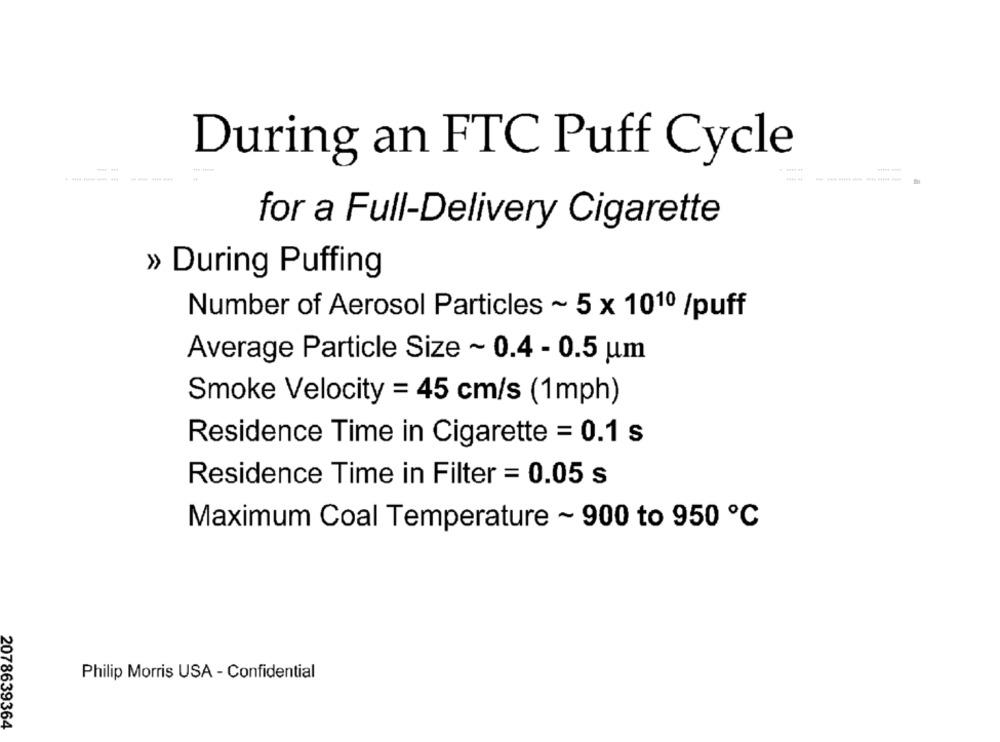
During an FTC Puff Cycle
for a Full-Delivery Cigarette
» During Puffing
Number of Aerosol Particles ~ 5 x 1010 /puff
Average Particle Size ~ 0.4 - 0.5 um
Smoke Velocity = 45 cm/s (1mph)
Residence Time in Cigarette = 0.1 s
Residence Time in Filter = 0.05 s
Maximum Coal Temperature ~ 900 to 950 ℃
Philip Morris USA - Confidential
2078639364